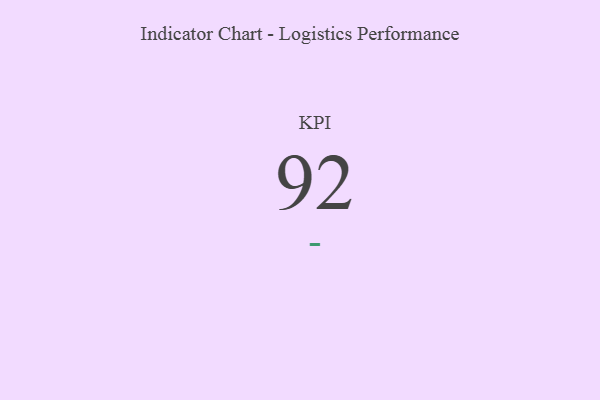
{"axis": {"x": "KPI", "y": "Value"}, "legend": [""], "data": [{"x": "KPI", "y": 92, "type": ""}]}